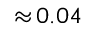
{ \approx } \, 0 . 0 4